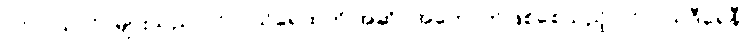
ပင်လယ်လိပ်များသည် ပင်လယ်ရေထုကို အဆိပ်အတောက်ဖြစ်စေသည့် ပင်လယ်ဒီရေနီ